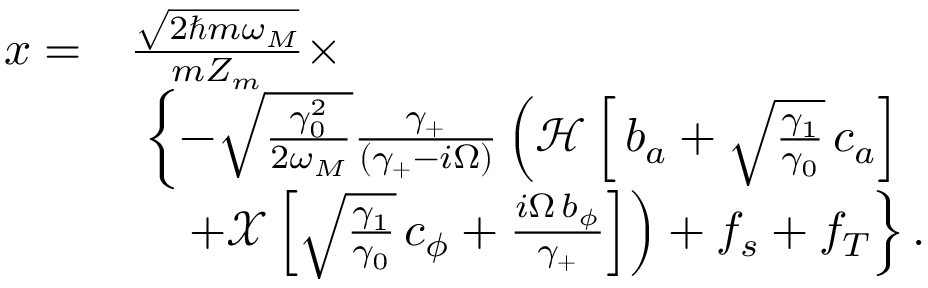
\begin{array} { r l } { x = } & { \frac { \sqrt { 2 \hslash m \omega _ { M } } } { m Z _ { m } } \times } \\ & { \ \left\{ - \sqrt \frac { \gamma _ { 0 } ^ { 2 } } { 2 \omega _ { M } } \frac { \gamma _ { + } } { ( \gamma _ { + } - i \Omega ) } \left( { \mathcal { H } } \left[ \, b _ { a } + \sqrt \frac { \gamma _ { 1 } } { \gamma _ { 0 } } \, c _ { a } \right] \right. \right. } \\ & { \quad \left. \left. + { \mathcal { X } } \left[ \sqrt \frac { \gamma _ { 1 } } { \gamma _ { 0 } } \, c _ { \phi } + \frac { i \Omega \, b _ { \phi } } { \gamma _ { + } } \right] \right) + f _ { s } + f _ { T } \right\} . } \end{array}